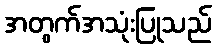
အတွက်အသုံးပြုသည်